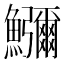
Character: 𮬚